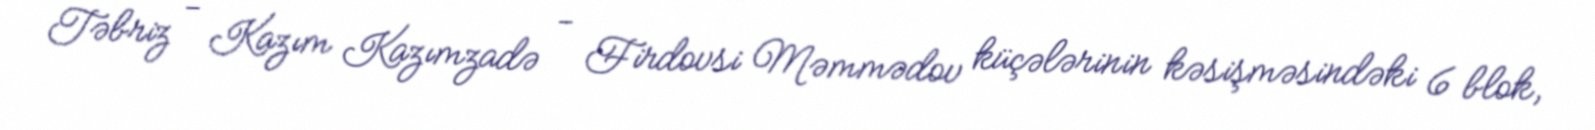
Təbriz - Kazım Kazımzadə - Firdovsi Məmmədov küçələrinin kəsişməsindəki 6 blok,